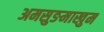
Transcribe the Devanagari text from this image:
अमसुङमाखुम